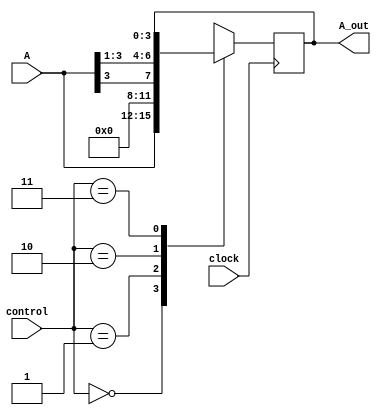
module Areg(control, clock,  A, A_out);
input [3:0] A;
input [1:0] control;
input clock;
output [3:0] A_out;

reg [3:0] A_out;

parameter Load= 2'b00, Reset= 2'b01, Shift= 2'b10, Hold= 2'b11;

always @(negedge clock) begin
    case(control)
    Load: A_out = A;
    Reset: A_out = 3'b000;
    Shift: A_out = {A[3],A[3],A[2],A[1]};
    Hold: ;
    endcase
end

endmodule